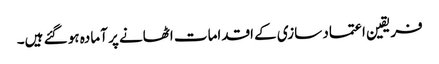
فریقین اعتماد سازی کے اقدامات اٹھانے پر آمادہ ہو گئے ہیں۔